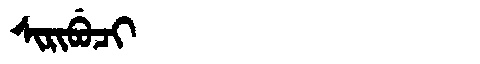
Manchu: ᠰᡳᡵᡳᠪᡠᠴᡳ
Romanization: SIRIBUCI